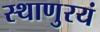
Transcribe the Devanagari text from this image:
स्थाणुरयं